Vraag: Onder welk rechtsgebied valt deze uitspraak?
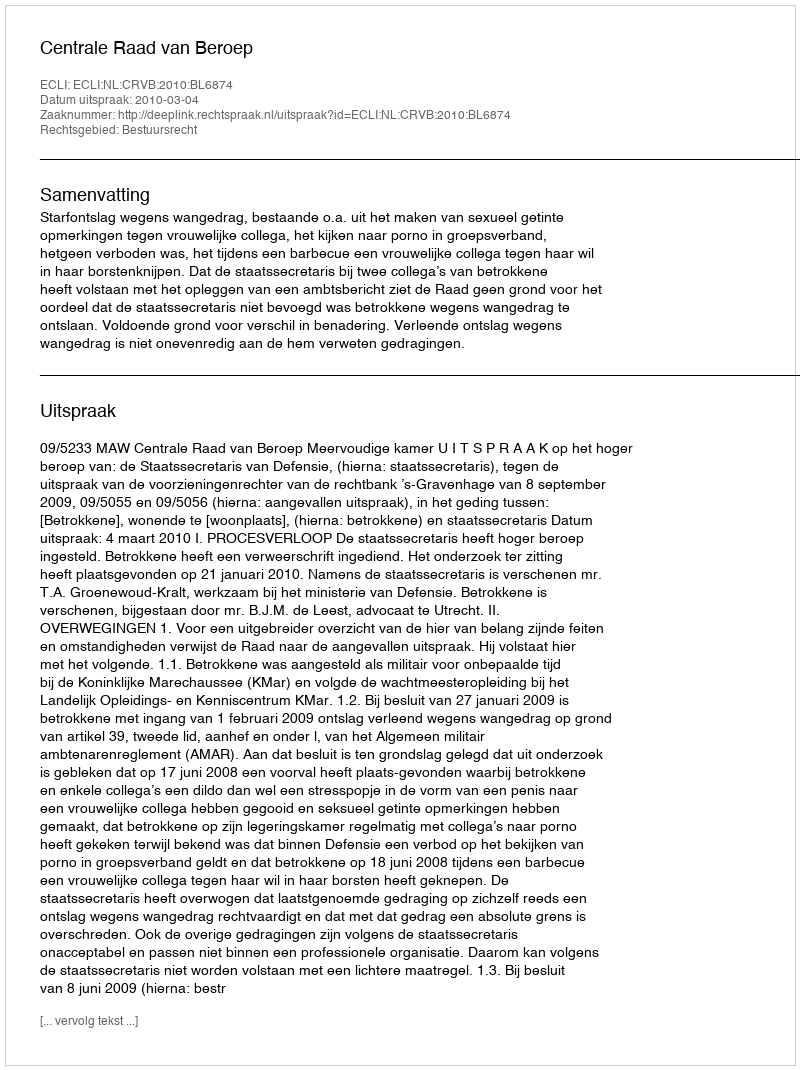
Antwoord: Bestuursrecht